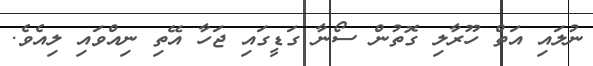
ނުލައި އަތް ހޫރާލި ގޮތުން ސޯނާ ގަޑީގައި ޖަހާ އޭތި ނިއްވައި ލިއެވެ.